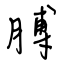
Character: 膊